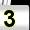
Digit: 3